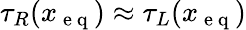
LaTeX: \tau_{R}(x_{\mathrm{~e~q~}})\approx\tau_{L}(x_{\mathrm{~e~q~}})